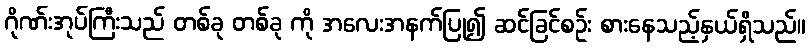
ဂိုဏ်းအုပ်ကြီးသည် တစ်ခု တစ်ခု ကို အလေးအနက်ပြု၍ ဆင်ခြင်စဉ်း စားနေသည့်နှယ်ရှိသည်။